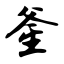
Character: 釜